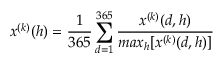
x ^ { ( k ) } ( h ) = \frac { 1 } { 3 6 5 } \sum _ { d = 1 } ^ { 3 6 5 } \frac { x ^ { ( k ) } ( d , h ) } { m a x _ { h } [ x ^ { ( k ) } ( d , h ) ] }